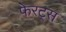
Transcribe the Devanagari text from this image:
फेरट्स